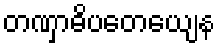
တဏှာဓိပတေယျေန